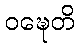
ဝဍ္ဎေတိ